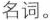
名词。